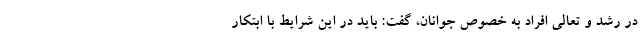
در رشد و تعالی افراد به خصوص جوانان، گفت: باید در این شرایط با ابتکار